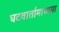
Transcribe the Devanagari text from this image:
घटवार्तामाध्यमा